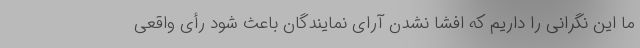
ما این نگرانی را داریم که افشا نشدن آرای نمایندگان باعث شود رأی واقعی